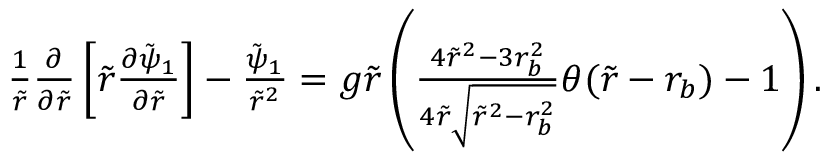
\begin{array} { r } { \frac { 1 } { \tilde { r } } \frac { \partial } { \partial \tilde { r } } \left[ \tilde { r } \frac { \partial \tilde { \psi } _ { 1 } } { \partial \tilde { r } } \right] - \frac { \tilde { \psi } _ { 1 } } { \tilde { r } ^ { 2 } } = g \tilde { r } \left( \frac { 4 \tilde { r } ^ { 2 } - 3 r _ { b } ^ { 2 } } { 4 \tilde { r } \sqrt { \tilde { r } ^ { 2 } - r _ { b } ^ { 2 } } } \theta ( \tilde { r } - r _ { b } ) - 1 \right) . } \end{array}